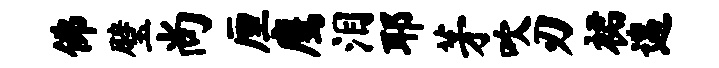
佛璧尚厘鹰泪耶茅吹刃裙遄